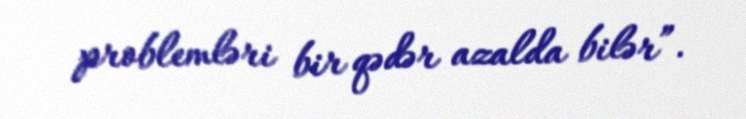
problemləri bir qədər azalda bilər”.